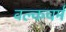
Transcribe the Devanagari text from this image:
वल्कचर्म